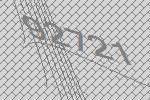
92721